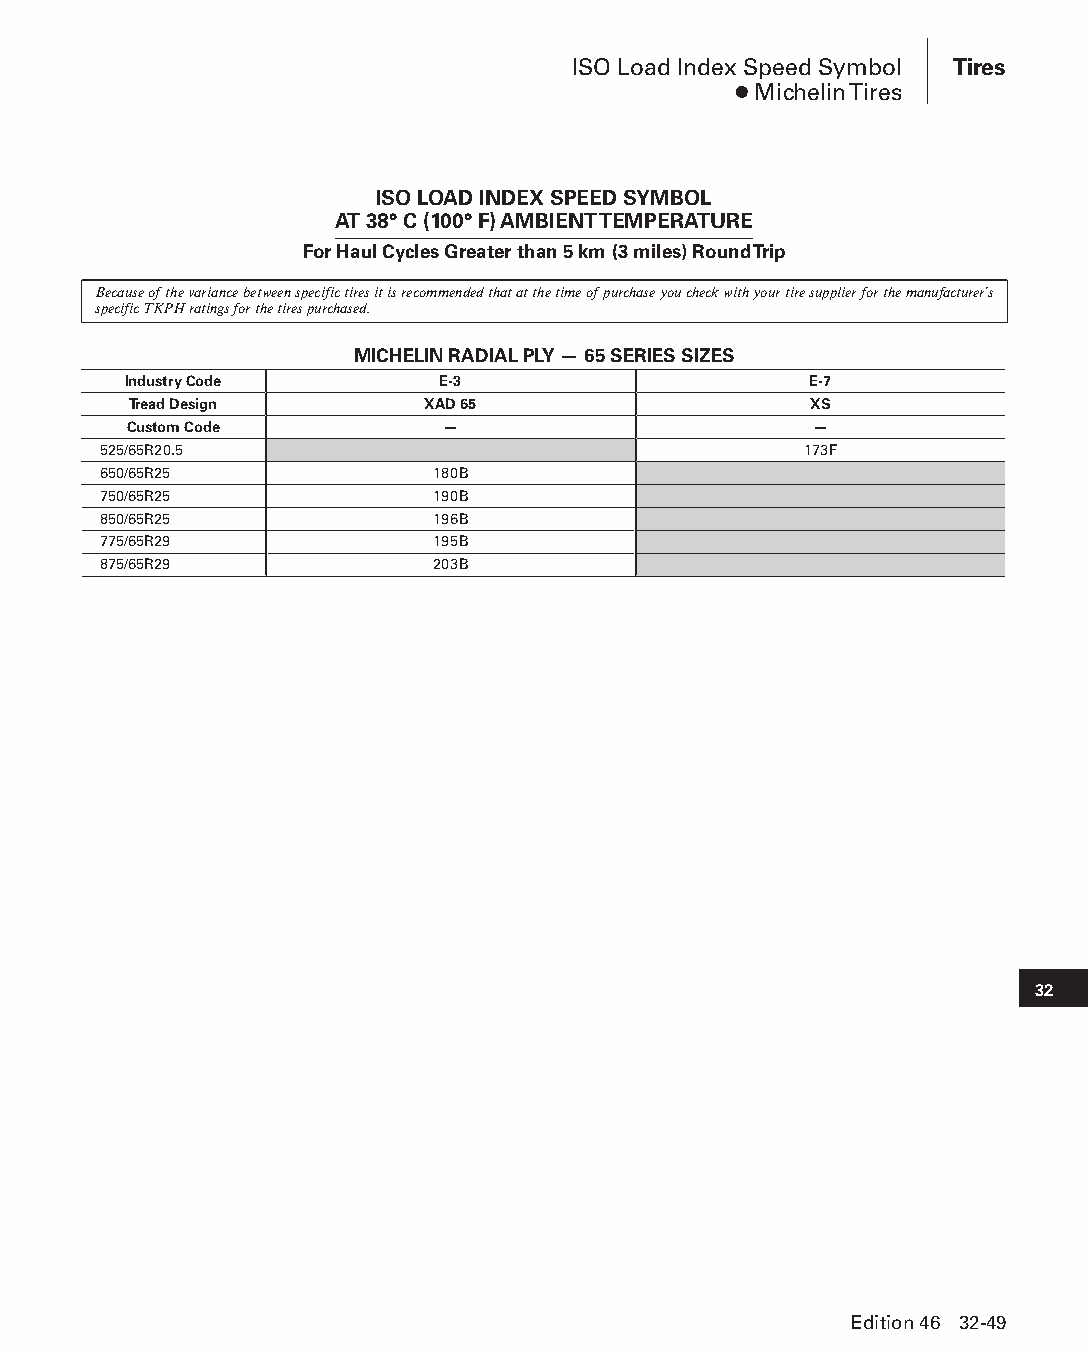
ISO Load Index Speed Symbol Tires
 ● Michelin Tires
 ISO LOAD INDEX SPEED SYMBOL
 AT 38° C (100° F) AMBIENT TEMPERATURE
 For Haul Cycles Greater than 5 km (3 miles) Round Trip
 Because of the variance between specific tires it is recommended that at the time of purchase you check with your tire supplier for the manufacturer’s
 specific TKPH ratings for the tires purchased.
 MICHELIN RADIAL PLY — 65 SERIES SIZES
 Industry Code       E-3                      E-7
 Tread Design       XAD 65                    XS
 Custom Code          —                       —
 525/65R20.5                                    173F
 650/65R25             180B
 750/65R25             190B
 850/65R25             196B
 775/65R29             195B
 875/65R29             203B
 32
 Edition 46 32-49
 PPHHBB--SSeecc3322--1166..iinndddd 4499                        1122//44//1155 1111::2244 AAMM